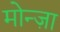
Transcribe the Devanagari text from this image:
मोन्ज़ा